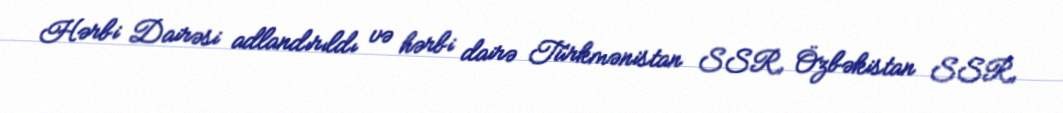
Hərbi Dairəsi adlandırıldı və hərbi dairə Türkmənistan SSR, Özbəkistan SSR,